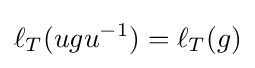
\ell _{T}(ugu^{-1})=\ell _{T}(g)